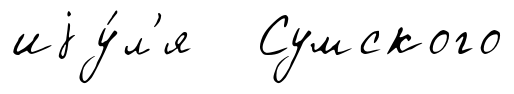
иjу́л'я Сумского